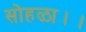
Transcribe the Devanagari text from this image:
सोहळा।।